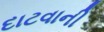
દાટવાની